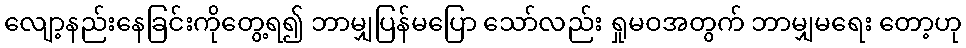
လျော့နည်းနေခြင်းကိုတွေ့ရ၍ ဘာမျှပြန်မပြော သော်လည်း ရှုမဝအတွက် ဘာမျှမရေး တော့ဟု